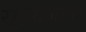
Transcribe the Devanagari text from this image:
सूक्ष्‍मजीवी